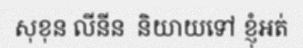
សុខុន លីនីន  និយាយទៅ ខ្ញុំអត់